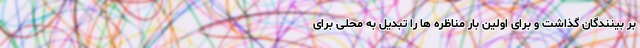
بر بینندگان گذاشت و برای اولین بار مناظره ها را تبدیل به محلی برای